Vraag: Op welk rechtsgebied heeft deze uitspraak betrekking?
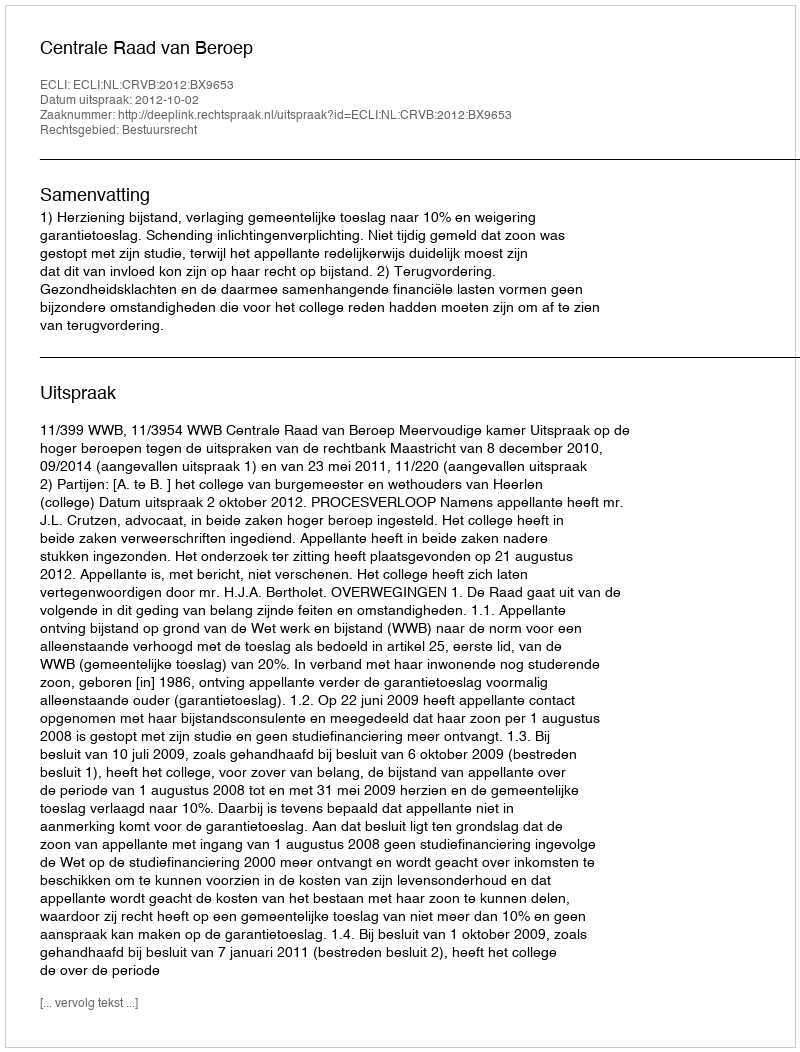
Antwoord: Bestuursrecht